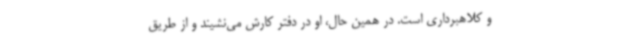
و کلاهبرداری است. در همین حال، او در دفتر کارش می‌نشیند و از طریق